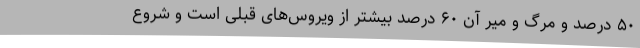
۵۰ درصد و مرگ و میر آن ۶۰ درصد بیشتر از ویروس‌های قبلی است و شروع